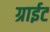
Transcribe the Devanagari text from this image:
ग्राईट